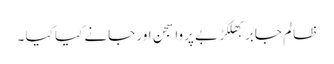
ظالم جابر بھلکڑ بے پروا سجن اور جانے کیا کیا ۔